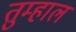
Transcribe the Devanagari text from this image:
तुम्हाल